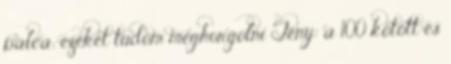
pálca; ezeket tudom meghorgolni Tény: a 100 kötött és